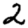
Digit: 2